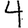
Digit: 4